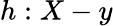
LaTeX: h:X-y